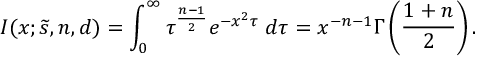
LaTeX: I ( x ; { \widetilde s } , n , d ) = \int _ { 0 } ^ { \infty } \tau ^ { { \frac { n - 1 } { 2 } } } e ^ { - x ^ { 2 } \tau } \; d \tau = x ^ { - n - 1 } \Gamma \left( { \frac { 1 + n } { 2 } } \right) .